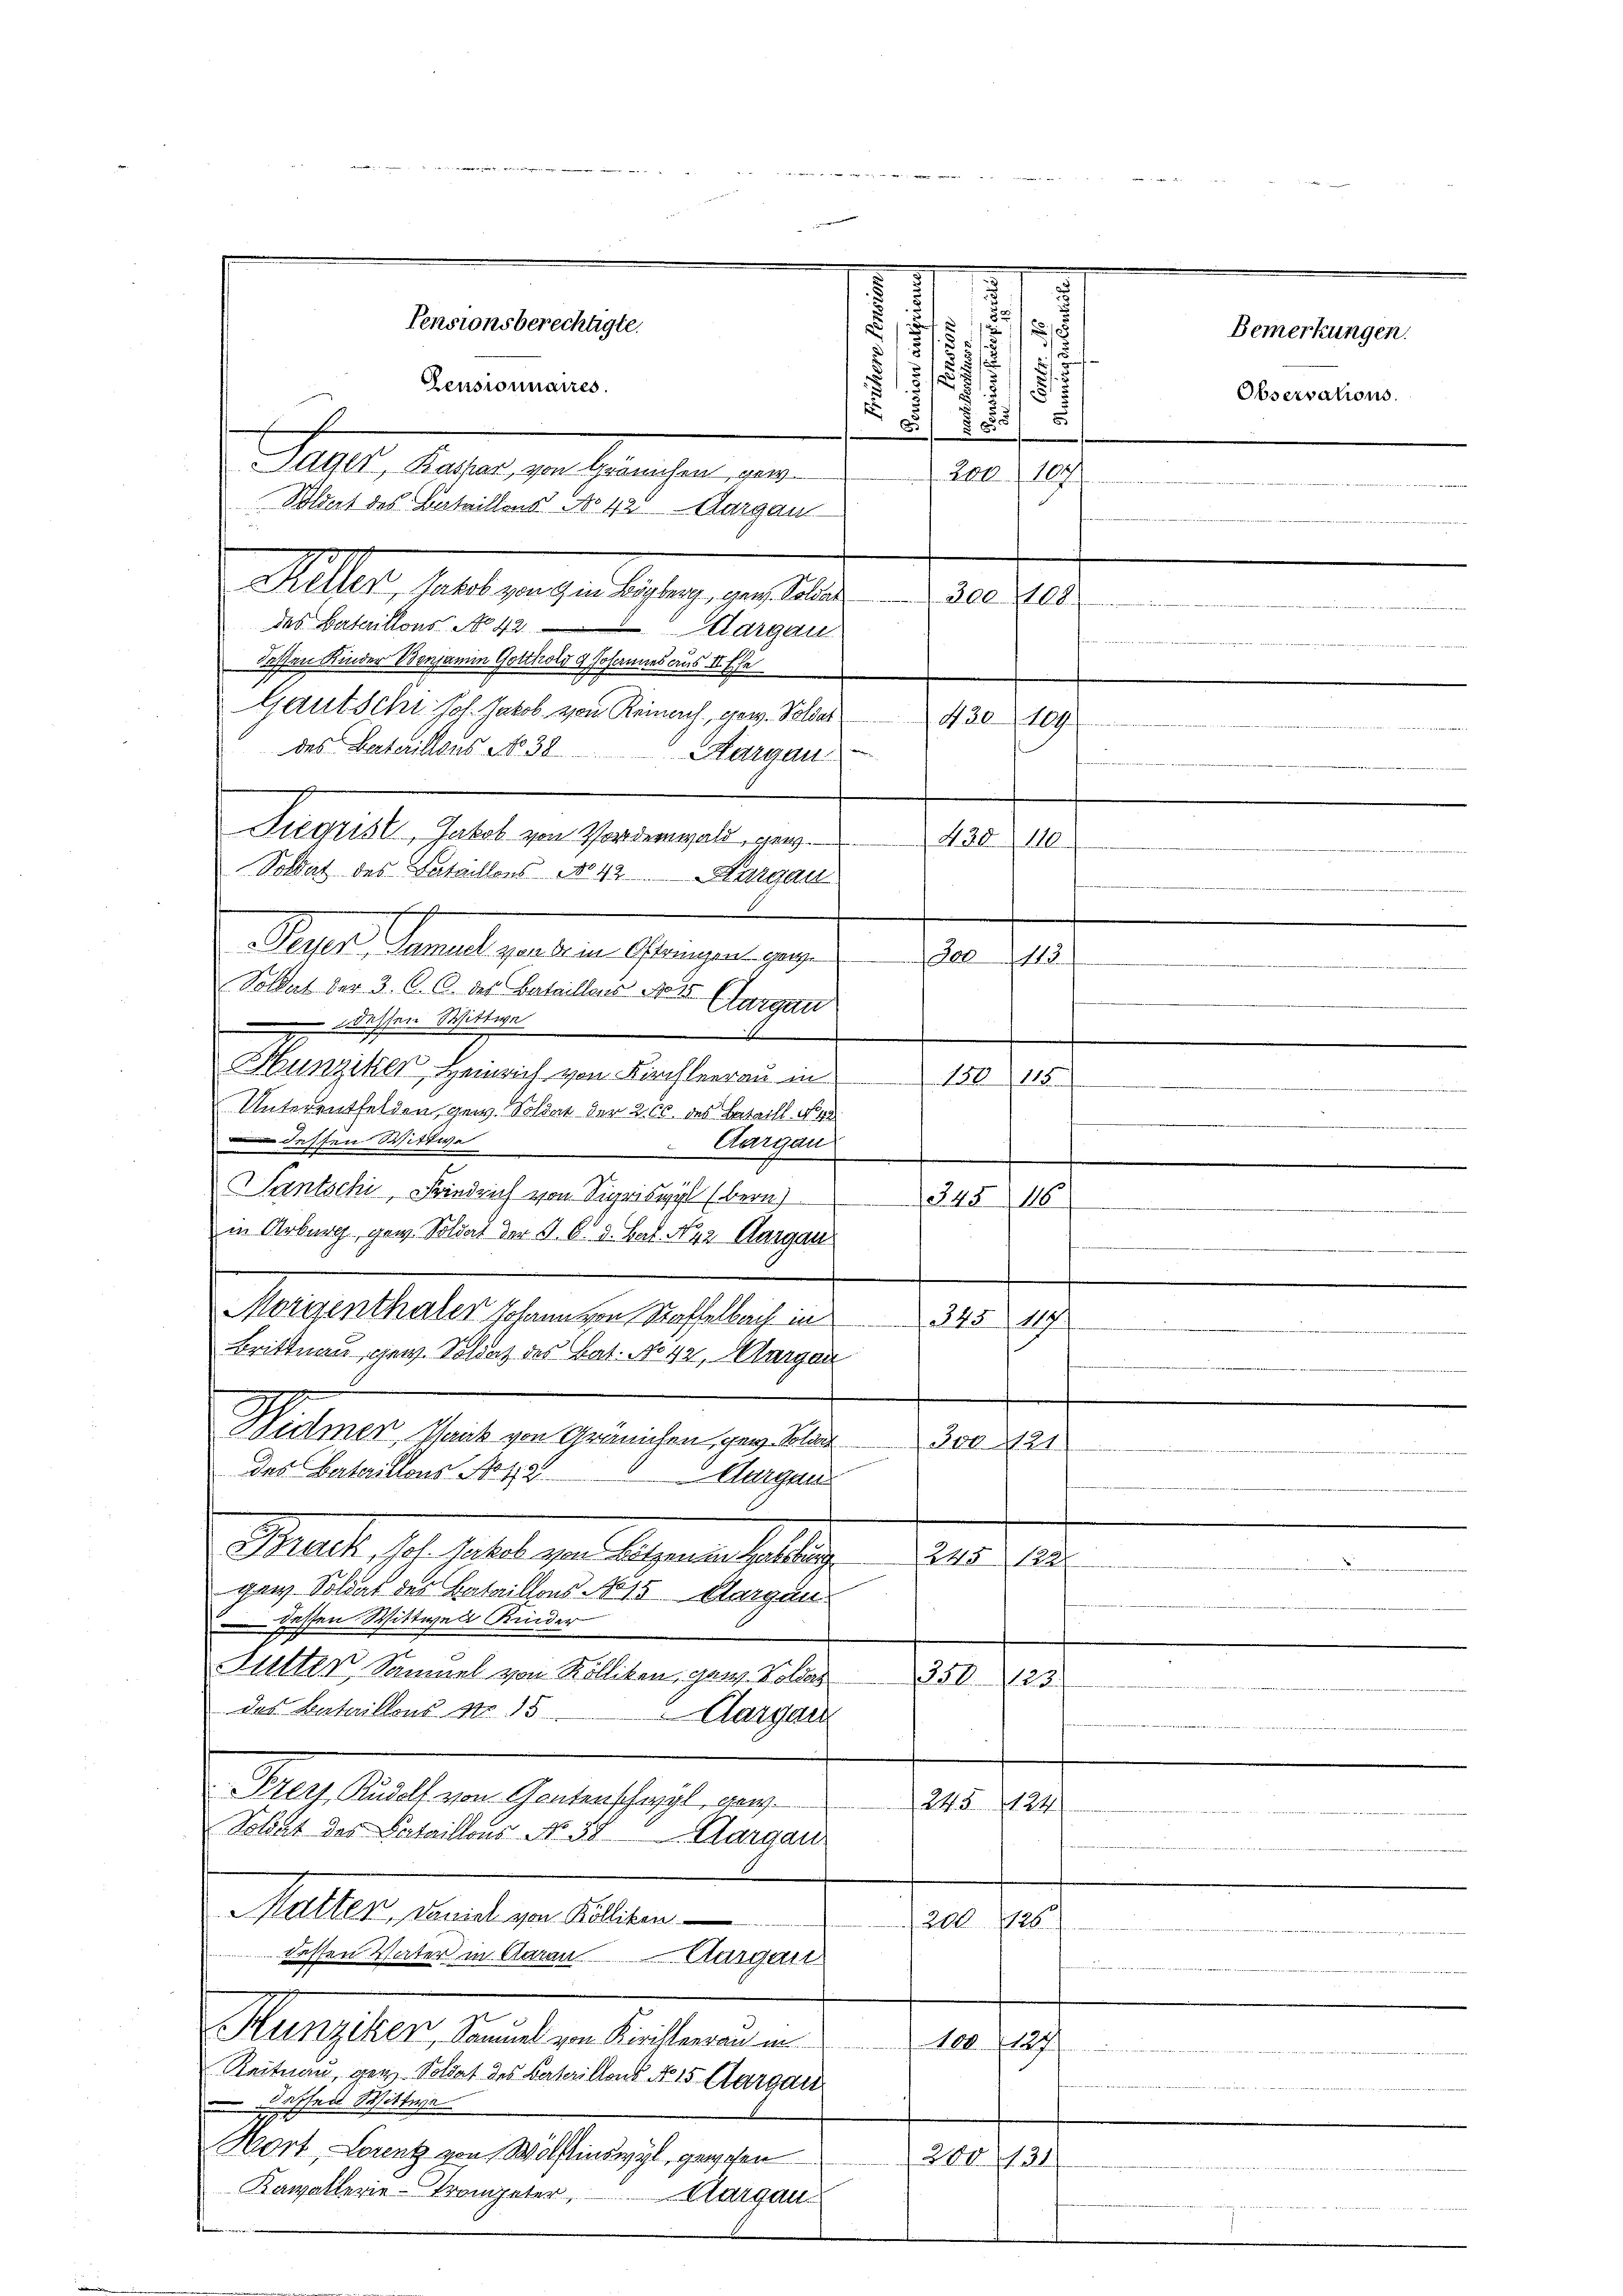
Silber, das gar war es ange er an den
des Bataillons No 42.
Aargau
dessen Kinder Vornanne Gotthold Johannes aus II. Ehe
Gautschi Joh. Jakob von Reinach, gew. Soldas
des Vaterillons No 38
Hargau
Siegrist, Jakob von Vorderwald, gen
Soldat des Bataillons No 42. Thurgau
Stattet damals geltenen eingen werden
Soldat der 3. C. C. des Batailler No 15 Thurgau
 dessen Wittwe
A
Hunziken, Henrich von Kirchleerau in
Unterentfelden, gew. Soldat der 200. des Bataill No 1
 dessen Wittwe
Aargau
Santschi, Friedrich von Sigriswyl (bern)
4
16
in Arburg, gew. Soldat der S. O. d. Bat. Nur Aargau
f
Morgenthaler Johann von Staffelbach in
375. 419.
Brittnau, rien. Soldat des Bat. No 42, Aargau
Widmer, Bank von Grannten, gen Polit
310. 1121
des Bataillons Nota
Aargau
Bruck, Joh. Jakob von Botzen in Habebung
245 122.
ganz Soldat des Bataillons No 15 klargun
Hessen Wittwen Kinder
Futter, Sammel von Kölliken, gen. Soldas
358. 123.
des Bataillons No. 15
Aargau
Piers Rudolf von Gontenschwyl, gew.
245. 124
Solut der Bataillons No 50 Margau
Matten, Daniel von Köllikon
200. 826.
dessen Vater in Aarau Ausgan
Hunziken, Samuel von Kirchterren in
100. 127
Reitnau, gen Soldat des Bataillons No 15 Aargau
Kassen Wittwe
Wort, Lorenz von Wolfinswyl, gewesen
200131
Kawallerie-Trangeter, Margau.

Zensionnaires.
Sager, Baspar, von Grämchen, gew
Blort des Bataillens No 42 Aargau

¬
r
1
.
.
¬
.
s
1
1
3
Pensionsberechtigte.
.

 He
.

2
5
u
.
.

200. 104

200108
430 109.

430110
Den 113.
e
150115
.
.

Bemerkungen.
Observations.